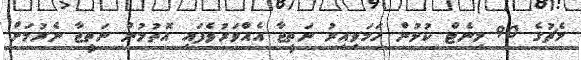
މެޗުގެ 90 މިނެޓް ކުޅުން ހަމަވިއިރު ނަތީޖާ އެއްވަރުވެފައި އޮތުމުން ނަތީޖާ ނެރުމަށް